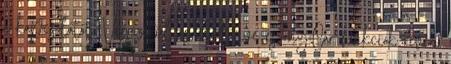
a kapcsolatot. Végezetül az eco:Drive és my:Car funkciók révén